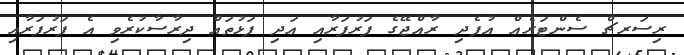
ރިސަރޗް ސެންޓަރެއް އުފެދި ރާއްޖޭގެ ފަރުފަރާއި އަދި ފަޅުތައް ދިރާސާކުރެވި އެ ފަރުފަރާއި